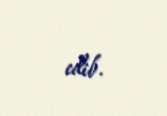
edib.